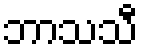
ဘာသသီ